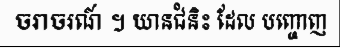
ចរាចរណ៍ ។ យានជំនិះ ដែល បញ្ចោញ